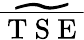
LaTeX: \widetilde{\overline{{\mathrm{~T~S~E~}}}}